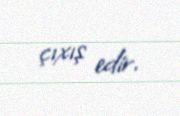
çıxış edir.